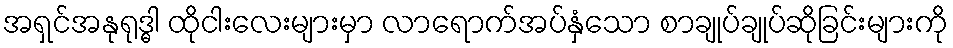
အရှင်အနုရုဒ္ဓါ ထိုငါးလေးများမှာ လာရောက်အပ်နှံသော စာချုပ်ချုပ်ဆိုခြင်းများကို